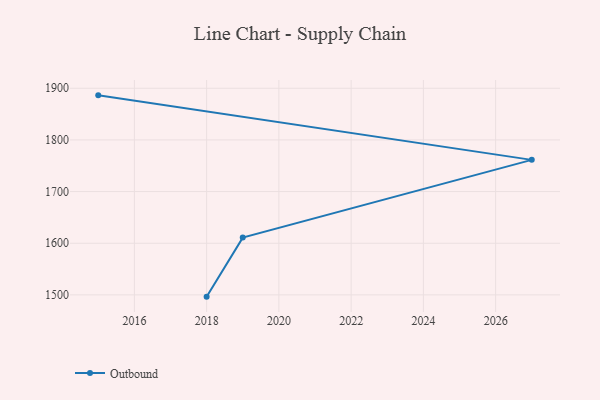
{"axis": {"x": "Year", "y": "Satisfaction Score"}, "legend": ["Outbound"], "data": [{"x": "2015", "y": 1886.3, "type": "Outbound"}, {"x": "2027", "y": 1761.4, "type": "Outbound"}, {"x": "2019", "y": 1610.9, "type": "Outbound"}, {"x": "2018", "y": 1496.6, "type": "Outbound"}]}